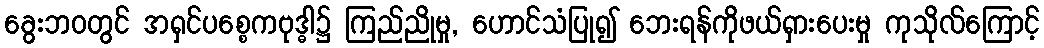
ခွေးဘဝတွင် အရှင်ပစ္စေကဗုဒ္ဓါ၌ ကြည်ညိုမှု, ဟောင်သံပြု၍ ဘေးရန်ကိုဖယ်ရှားပေးမှု ကုသိုလ်ကြောင့်